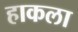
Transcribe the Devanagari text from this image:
हाकला